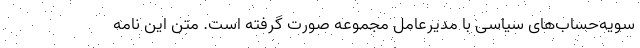
سویه‌حساب‌های سیاسی‌ با مدیرعامل مجموعه صورت گرفته است. متن این نامه